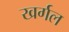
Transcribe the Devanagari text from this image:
खर्गल